Vabadussoja_Ajaloo_Komitee, lk 7
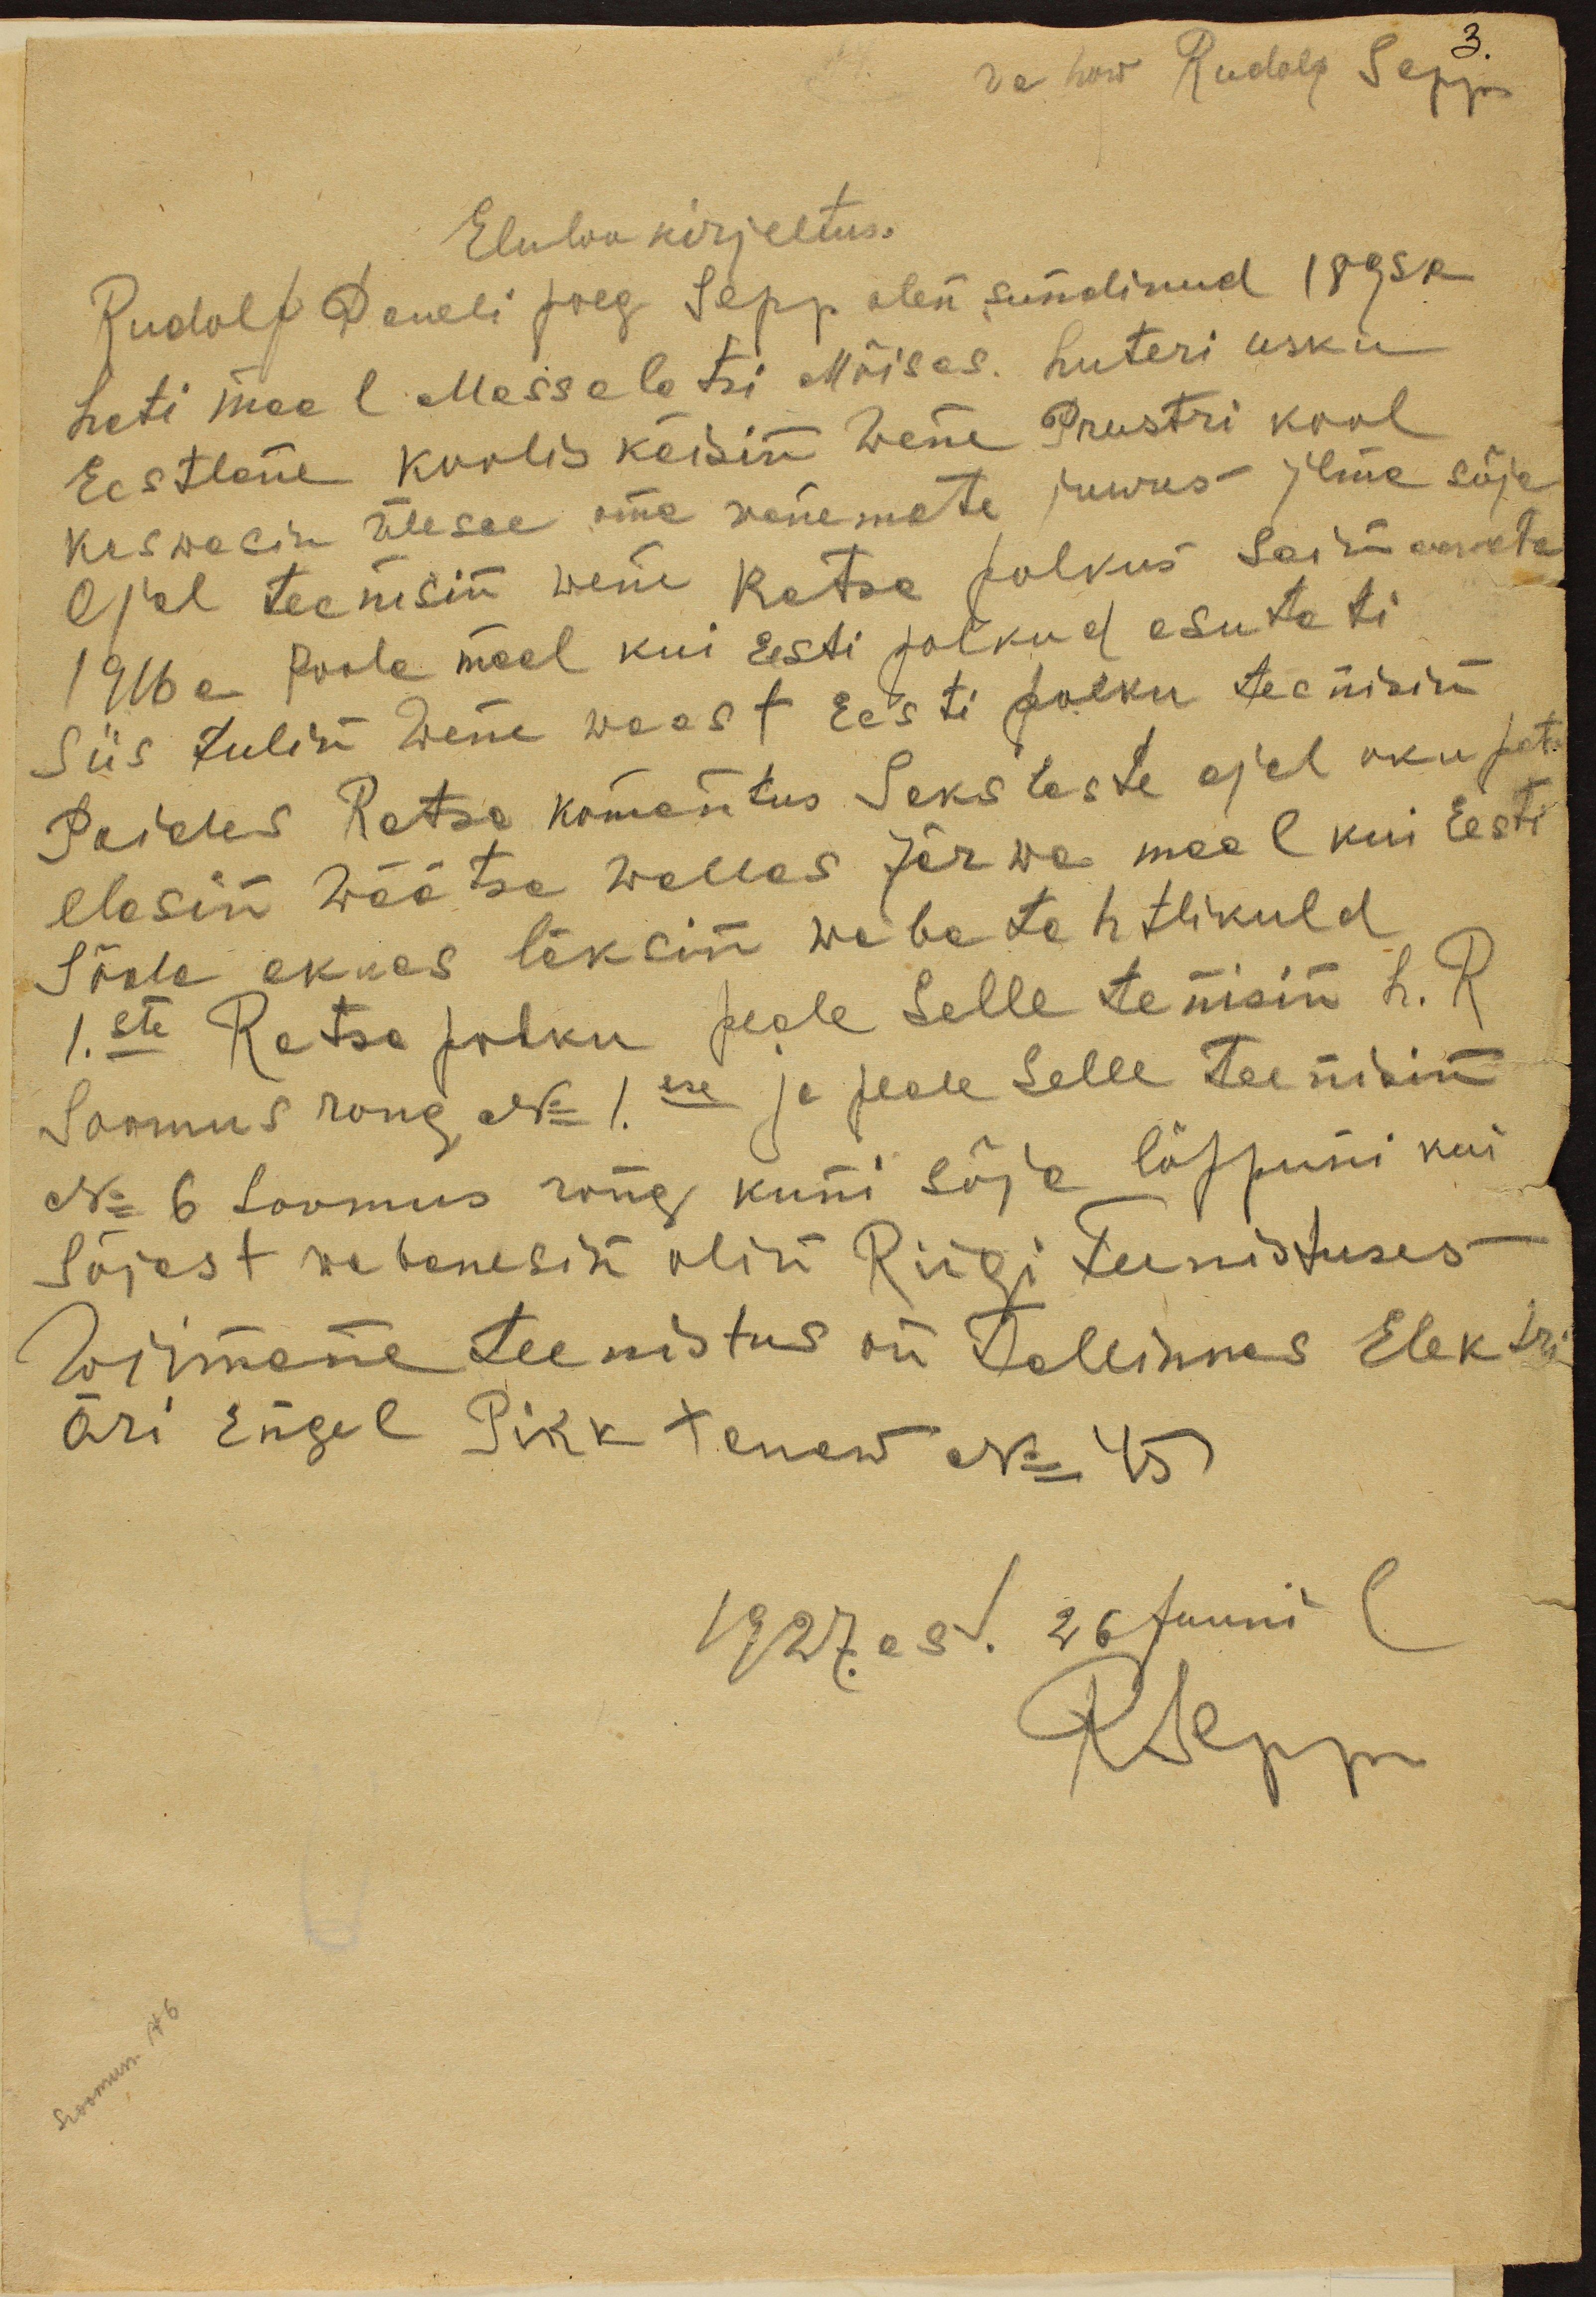
v a how Rudolf Sepp
Eluloo kirjeltus.
Rudolf Daneli poeg Sepp olen sündinud 1895a
Leti maal Messelotsi Mõisas. Luteri usku
Eestlane Koolis käisin Wene Preestri kool
kaswasin ülesse oma wanemate juures Ilme sõja
ajal teenisin wene Ratsa polkus Sai haawata
1916 a Poola maal kui Eesti polkud asutati
Siis tulin Wene waest Eesti polku teenisin
Paides Ratsa komantus Sakslaste ajal okupat.
elasin Wäätse wallas Järwa maal kui Eesti
Sõda akkas läksin wabatahtlikuld
I. ste Ratsa polku peale selle tenisin L. R
Soomus rong No: I.ese ja peale Selle Teenisin
No: 6 Soomus rong kuni sõja lõppuni kui
sõjest wabanesin olin Riigi Teenistuses
wiimane teenistus on Tallinnas Elektri
äri Engel Pikk tenew No: 45
1927. ast. 26 juuni
RSepp